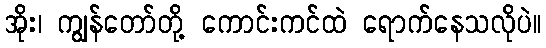
အိုး၊ ကျွန်တော်တို့ ကောင်းကင်ထဲ ရောက်နေသလိုပဲ။